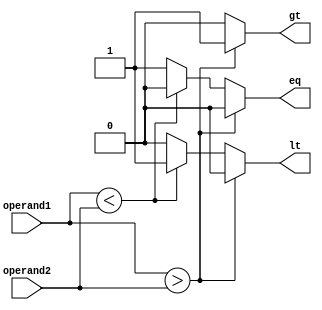
module magnitude_comparator (
    input [7:0] operand1,
    input [7:0] operand2,
    output reg gt,
    output reg lt,
    output reg eq
  );

  always @* begin
    if (operand1 > operand2) begin
      gt <= 1;
      lt <= 0;
      eq <= 0;
    end else if (operand1 < operand2) begin
      gt <= 0;
      lt <= 1;
      eq <= 0;
    end else begin
      gt <= 0;
      lt <= 0;
      eq <= 1;
    end
  end

endmodule